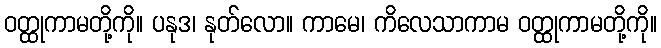
ဝတ္ထုကာမတို့ကို။ ပနုဒ၊ နုတ်လော။ ကာမေ၊ ကိလေသာကာမ ဝတ္ထုကာမတို့ကို။